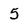
Character: 5